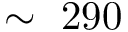
\sim \ 2 9 0